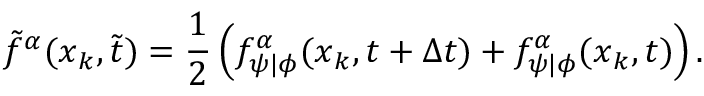
\tilde { f } ^ { \alpha } ( \boldsymbol { x } _ { k } , \tilde { t } ) = \frac { 1 } { 2 } \left( f _ { \psi \vert \phi } ^ { \alpha } ( \boldsymbol { x } _ { k } , t + \Delta { t } ) + f _ { \psi \vert \phi } ^ { \alpha } ( \boldsymbol { x } _ { k } , t ) \right) .